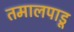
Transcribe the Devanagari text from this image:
तमालपाडू